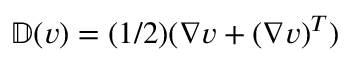
\mathbb { D } ( v ) = ( 1 / 2 ) ( \nabla v + ( \nabla v ) ^ { T } )